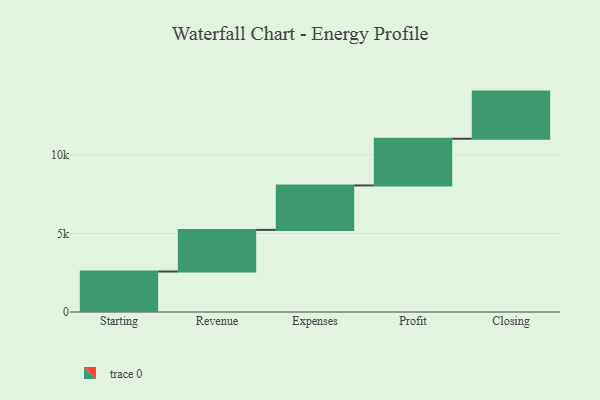
{"axis": {"x": "Step", "y": "Value"}, "legend": [""], "data": [{"x": "Starting", "y": 2576.0, "type": ""}, {"x": "Revenue", "y": 2649.0, "type": ""}, {"x": "Expenses", "y": 2828.0, "type": ""}, {"x": "Profit", "y": 2971.0, "type": ""}, {"x": "Closing", "y": 3000, "type": ""}]}